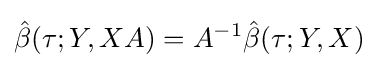
{\hat {\beta }}(\tau ;Y,XA)=A^{-1}{\hat {\beta }}(\tau ;Y,X)